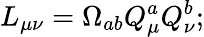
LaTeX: L_{\mu\nu}=\Omega_{ab}Q_{\mu}^{a}Q_{\nu}^{b};